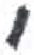
אות: י